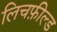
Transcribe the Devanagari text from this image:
लिचफ़ील्ड